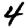
Digit: 4